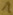
Text: 1